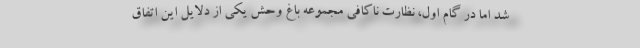
شد اما در گام اول، نظارت ناکافی مجموعه باغ وحش یکی از دلایل این اتفاق